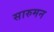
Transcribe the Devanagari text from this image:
सारुमन